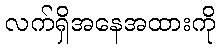
လက်ရှိအနေအထားကို